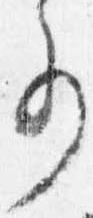
事